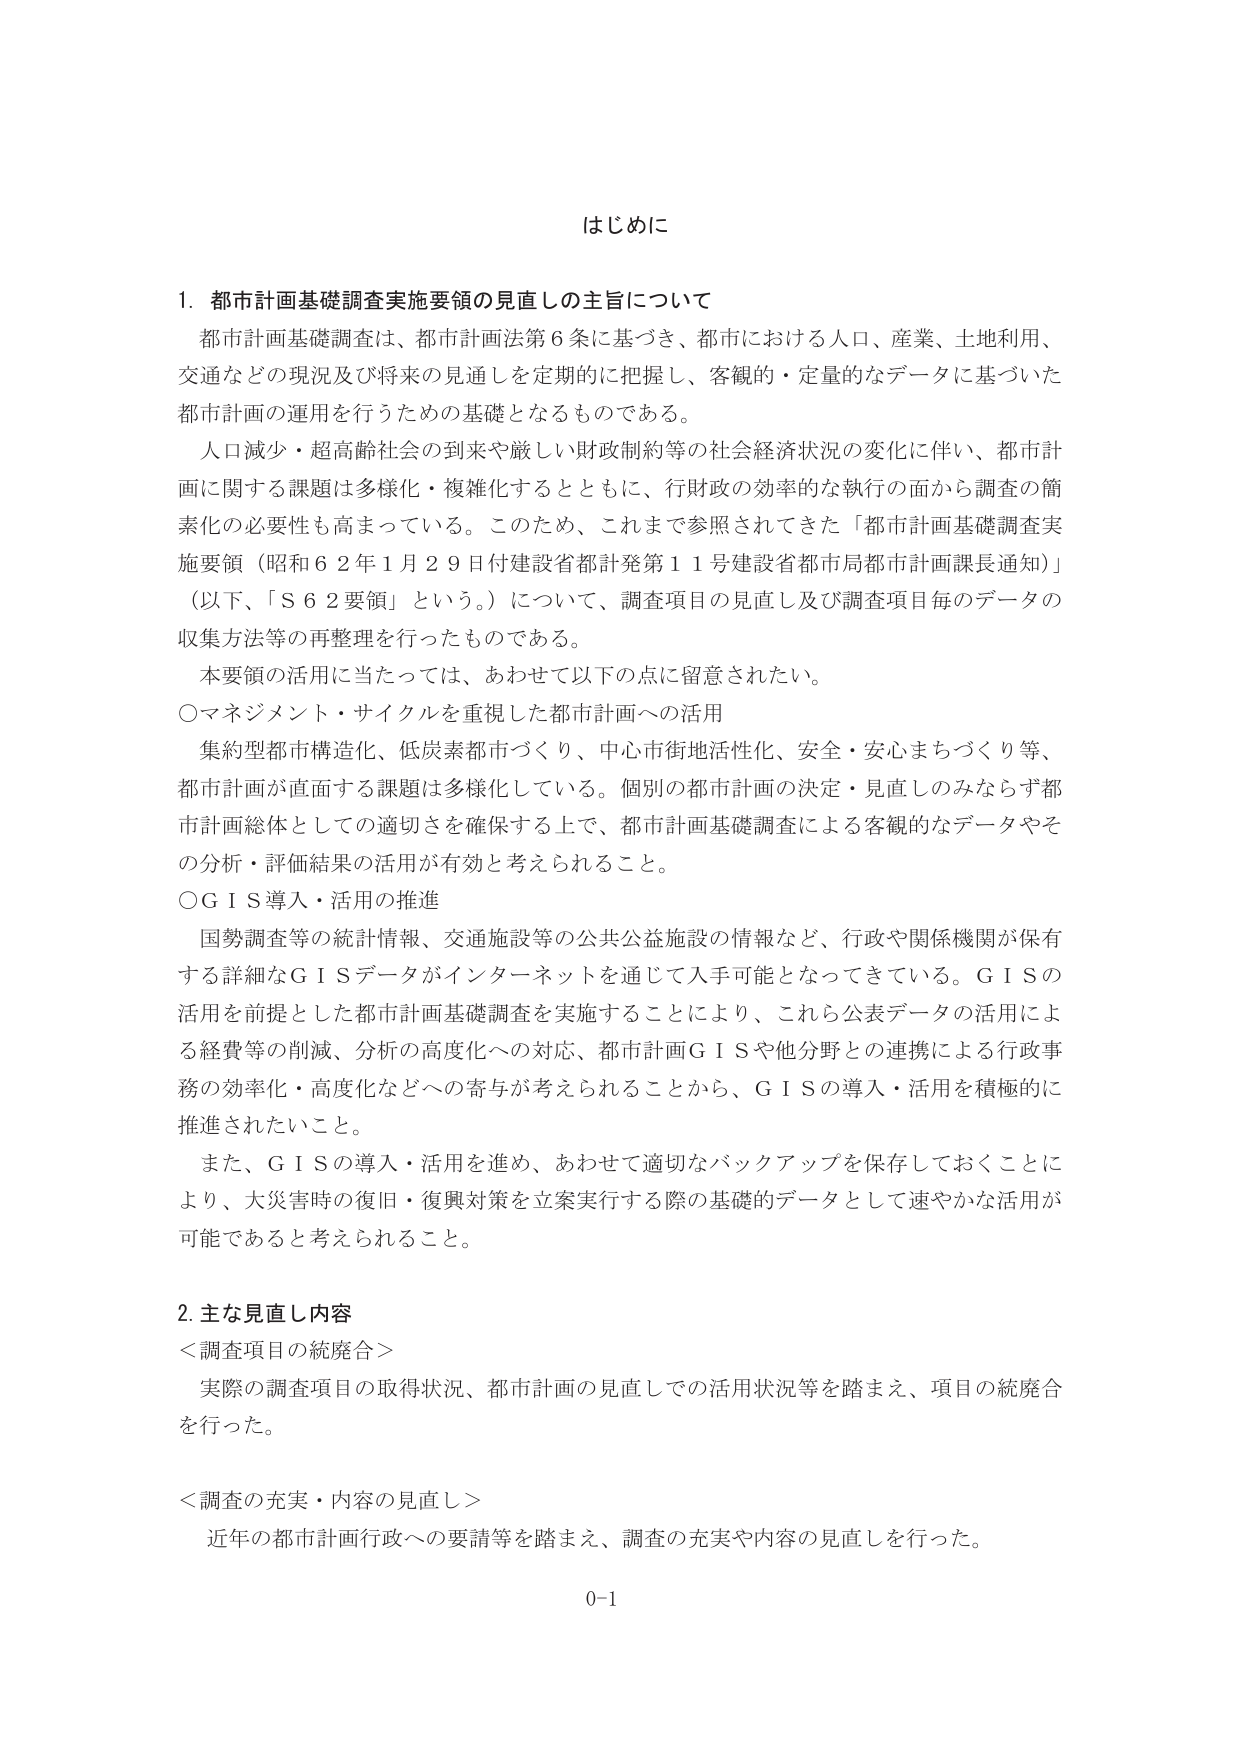
はじめに

1. 都市計画基礎調査実施要領の見直しの主旨について
都市計画基礎調査は、都市計画法第6条に基づき、都市における人口、産業、土地利用、
交通などの現況及び将来の見通しを定期的に把握し、客観的・定量的なデータに基づいた
都市計画の運用を行うための基礎となるものである。
人口減少・超高齢社会の到来や厳しい財政制約等の社会経済状況の変化に伴い、都市計
画に関する課題は多様化・複雑化するとともに、行財政の効率的な執行の面から調査の簡
素化の必要性も高まっている。このため、これまで参照されてきた「都市計画基礎調査実
施要領（昭和62年1月29日付建設省都計発第11号建設省都市局都市計画課長通知）」
（以下、「S62要領」という。）について、調査項目の見直し及び調査項目毎のデータの
収集方法等の再整理を行ったものである。
本要領の活用に当たっては、あわせて以下の点に留意されたい。
○マネジメント・サイクルを重視した都市計画への活用
集約型都市構造化、低炭素都市づくり、中心市街地活性化、安全・安心まちづくり等、
都市計画が直面する課題は多様化している。個別の都市計画の決定・見直しのみならず都
市計画総体としての適切さを確保する上で、都市計画基礎調査による客観的なデータやそ
の分析・評価結果の活用が有効と考えられること。
○ＧＩＳ導入・活用の推進
国勢調査等の統計情報、交通施設等の公共公益施設の情報など、行政や関係機関が保有
する詳細なＧＩＳデータがインターネットを通じて入手可能となってきている。ＧＩＳの
活用を前提とした都市計画基礎調査を実施することにより、これら公表データの活用によ
る経費等の削減、分析の高度化への対応、都市計画ＧＩＳや他分野との連携による行政事
務の効率化・高度化などへの寄与が考えられることから、ＧＩＳの導入・活用を積極的に
推進されたいこと。
また、ＧＩＳの導入・活用を進め、あわせて適切なバックアップを保存しておくことに
より、大災害時の復旧・復興対策を立案実行する際の基礎的データとして速やかな活用が
可能であると考えられること。

2. 主な見直し内容
＜調査項目の統廃合＞
実際の調査項目の取得状況、都市計画の見直しでの活用状況等を踏まえ、項目の統廃合
を行った。
＜調査の充実・内容の見直し＞
近年の都市計画行政への要請等を踏まえ、調査の充実や内容の見直しを行った。

0-1